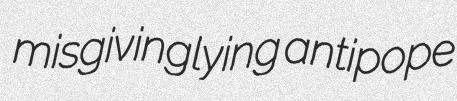
misgivinglying antipope